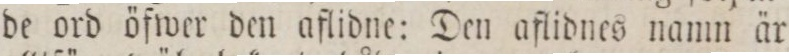
de ord öfwer den aflidne: Den aflidnes namn är